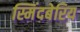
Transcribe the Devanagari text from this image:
स्मिंदबेरिय